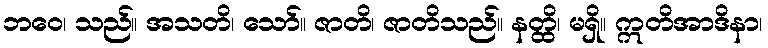
ဘဝေ၊ သည်။ အသတိ၊ သော်။ ဇာတိ၊ ဇာတိသည်။ နတ္ထိ၊ မရှိ။ ဣတိအာဒိနာ၊